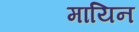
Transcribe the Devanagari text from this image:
मायिन